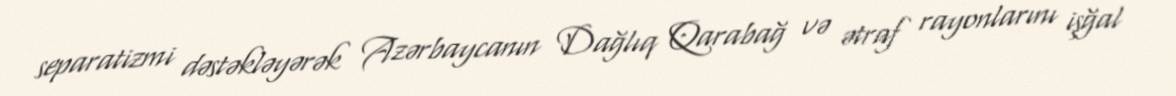
separatizmi dəstəkləyərək Azərbaycanın Dağlıq Qarabağ və ətraf rayonlarını işğal